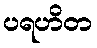
ပရဟိတ